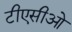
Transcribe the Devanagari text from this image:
टीएसीओ